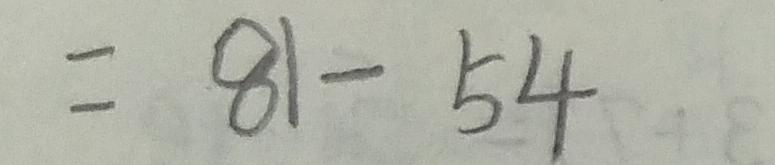
= 8 1 - 5 4